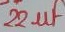
Text: 22µF